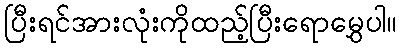
ပြီးရင်အားလုံးကိုထည့်ပြီးရောမွှေပါ။